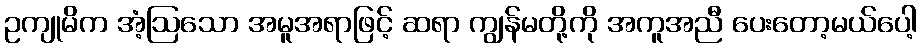
ဥကျုမိက အံ့ဩသော အမူအရာဖြင့် ဆရာ ကျွန်မတို့ကို အကူအညီ ပေးတော့မယ်ပေါ့